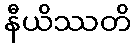
နီယိဿတိ